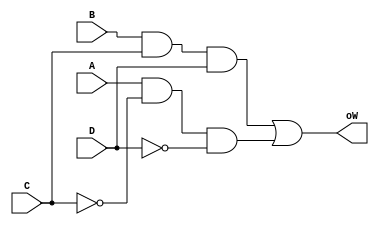
module digito_W (
    input A, input B, input C, input D, output oW
);
    assign oW = B & C & D | A & ~C & ~D;
    
endmodule